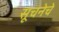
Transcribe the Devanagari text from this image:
सूचनेचे